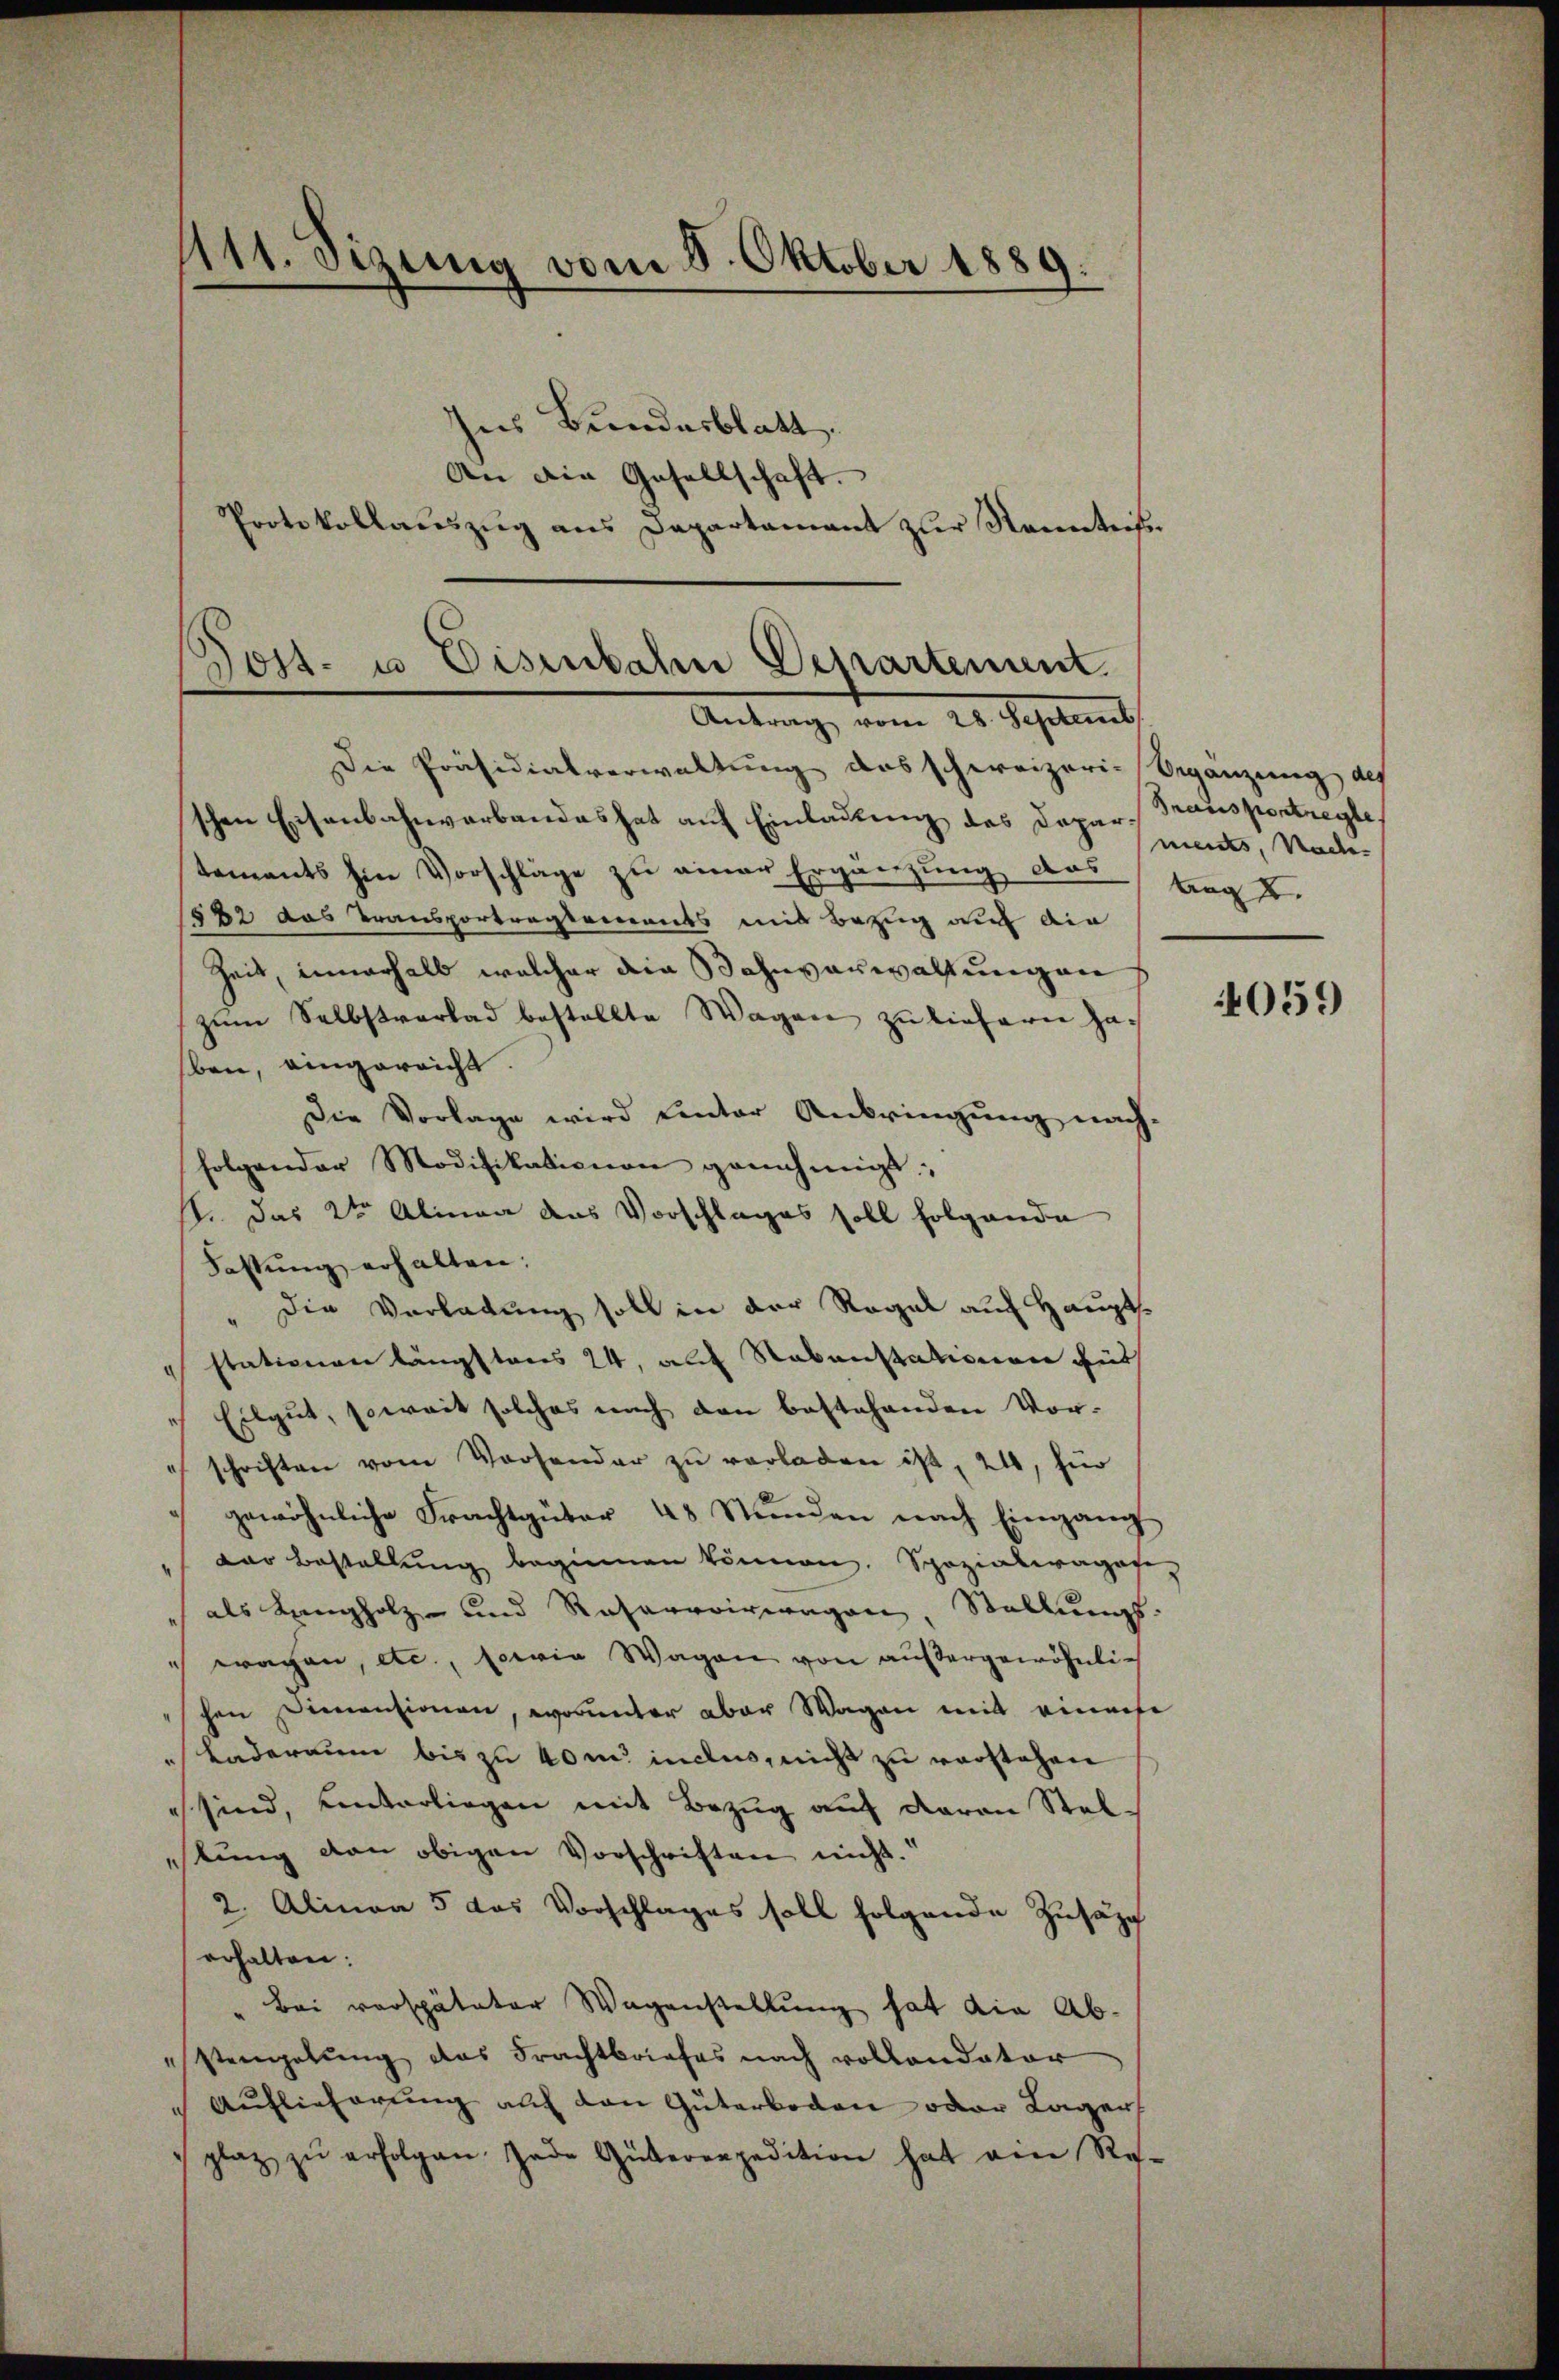
111. Sizung vom 8. Oktober 1889.
hes Bundesblatt.
An die Gesellschaft.
Protokollaŭszŭg ans Departamant zŭr Kenntnis

Post- u. Eisenbahn Departement.
Antrag vom 25. Septemb

Die Präsidialverwaltung das schweizeri- Begänzung des
schen Eisenbahnverbandes hat auf Einladung des Dapar- Transportregte,
tements hin Vorschläge zŭ einer Ergänzung des tragt.
1882 das Transportragtements mit Bezug auf die
Zeit, innerhalb welcher die Bahnverwaltungen
zŭm Selbstverlad bestellte Wagen zu liefern ha-
ben, eingereicht.
Die Vorlage wird unter Anbringung nach
folgender Modifikationen genehmigt:
st. Das 2te͇n Alinea das Vorschlages soll folgende
Fassung erhalten:
Die Vorladung soll in der Regal auf Hauptsg
stationen längstens 24, auf Nebenstationen gut
Eilgut, soweit solches nach den bestehenden Vor-
schriften von Vorhander zŭ verladen ist, 24, für
gewöhnliche Frachtgüter 48 Stunden nach Eingang
Der Bestellung beginnen können. Spezialragof-
als Langholz- und Reservorragen, Stellungs-
wagen, etc., sowie Wagen von außergewöhnlich
"schen Dimentionen, worunter aber Wagen mit einahe
Laderaum bis zu 40m inclus, nicht zu vorstehen
sind, unterliegen mit Bezug auch daran Stel-
stŭng von obigen Vorschriften nicht.“
2. Alinea 5 das Vorschlages soll folgende Zusätze
erhalten:
Bei verspäteter Wagenstellŭng hat die Ab-
Sengelŭng das Frachtbriefes nach vollandator
Auflieferung auf den Güterboden oder Lager
plaz zŭ erfolgen. Jede Güterexpedition hat ein Re-

ments, Nade

4059